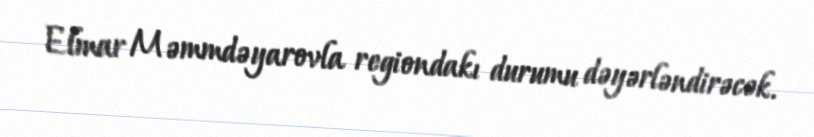
Elmar Məmmdəyarovla regiondakı durumu dəyərləndirəcək.